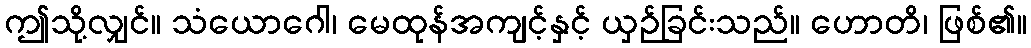
ဤသို့လျှင်။ သံယောဂေါ၊ မေထုန်အကျင့်နှင့် ယှဉ်ခြင်းသည်။ ဟောတိ၊ ဖြစ်၏။